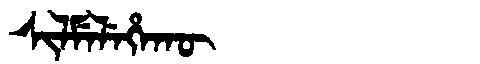
Manchu: ᠰᡳᠯᠮᡝᠯᡝᡥᠠᡴᡡ
Romanization: SILMELEHAKŪ